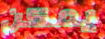
يمكن